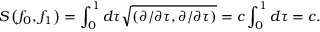
S \left( f _ { 0 } , f _ { 1 } \right) = \int _ { 0 } ^ { 1 } d \tau \sqrt { \left( \partial / \partial \tau , \partial / \partial \tau \right) } = c \int _ { 0 } ^ { 1 } d \tau = c .